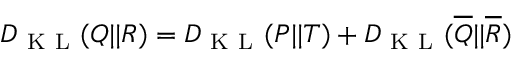
D _ { \mathrm { ~ K ~ L ~ } } ( Q | | R ) = D _ { \mathrm { ~ K ~ L ~ } } ( P | | T ) + D _ { \mathrm { ~ K ~ L ~ } } ( \overline { { Q } } | | \overline { { R } } )